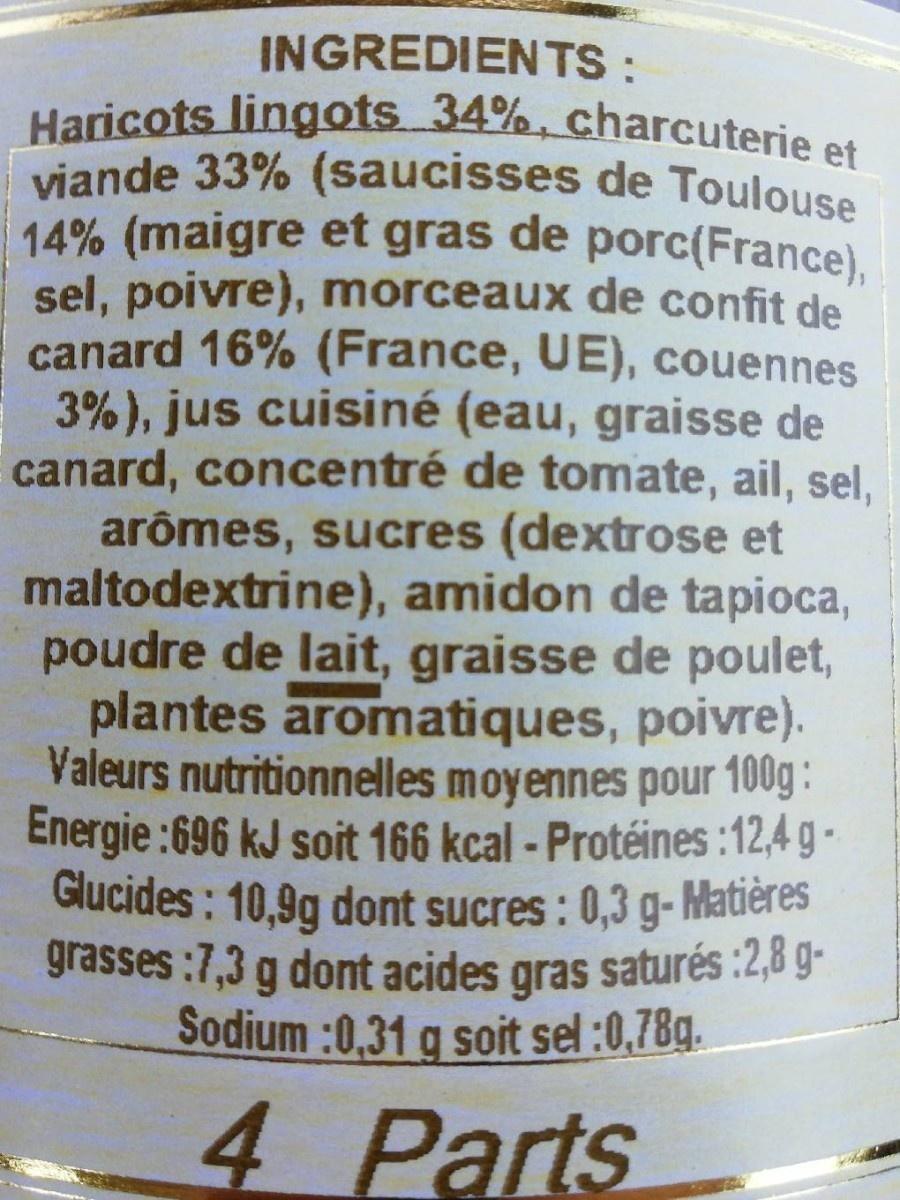
INGREDIENTS :
Haricots lingots 34%, charcuterie et viande 33% (saucisses de Toulouse 14% (maigre et gras de porc(France), sel, poivre), morceaux de confit de canard 16% (France, UE), couennes 3%), jus cuisiné (eau, graisse de canard, concentré de tomate, ail, sel, arômes, sucres (dextrose et maltodextrine), amidon de tapioca, poudre de lait, graisse de poulet, plantes aromatiques, poivre). Valeurs nutritionnelles moyennes pour 100g: Energie:696 kJ soit 166 kcal - Protéines :12,4 g - Glucides: 10,9g dont sucres : 0,3 g-Matières grasses :7,3 g dont acides gras saturés :2,8 gSodium :0,31 g soit sel :0,78g.
4 Parts